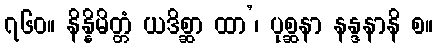
၇၆၀။ နိန္နိမိတ္တံ ယဒိစ္ဆာ ထာ’၊ ပုစ္ဆနာ နန္ဒနာနိ စ။